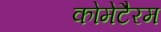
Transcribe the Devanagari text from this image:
कोमेटैरम